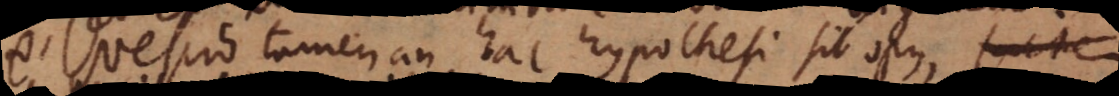
– Nescio tamen an hac hypothesi sit opus, salt